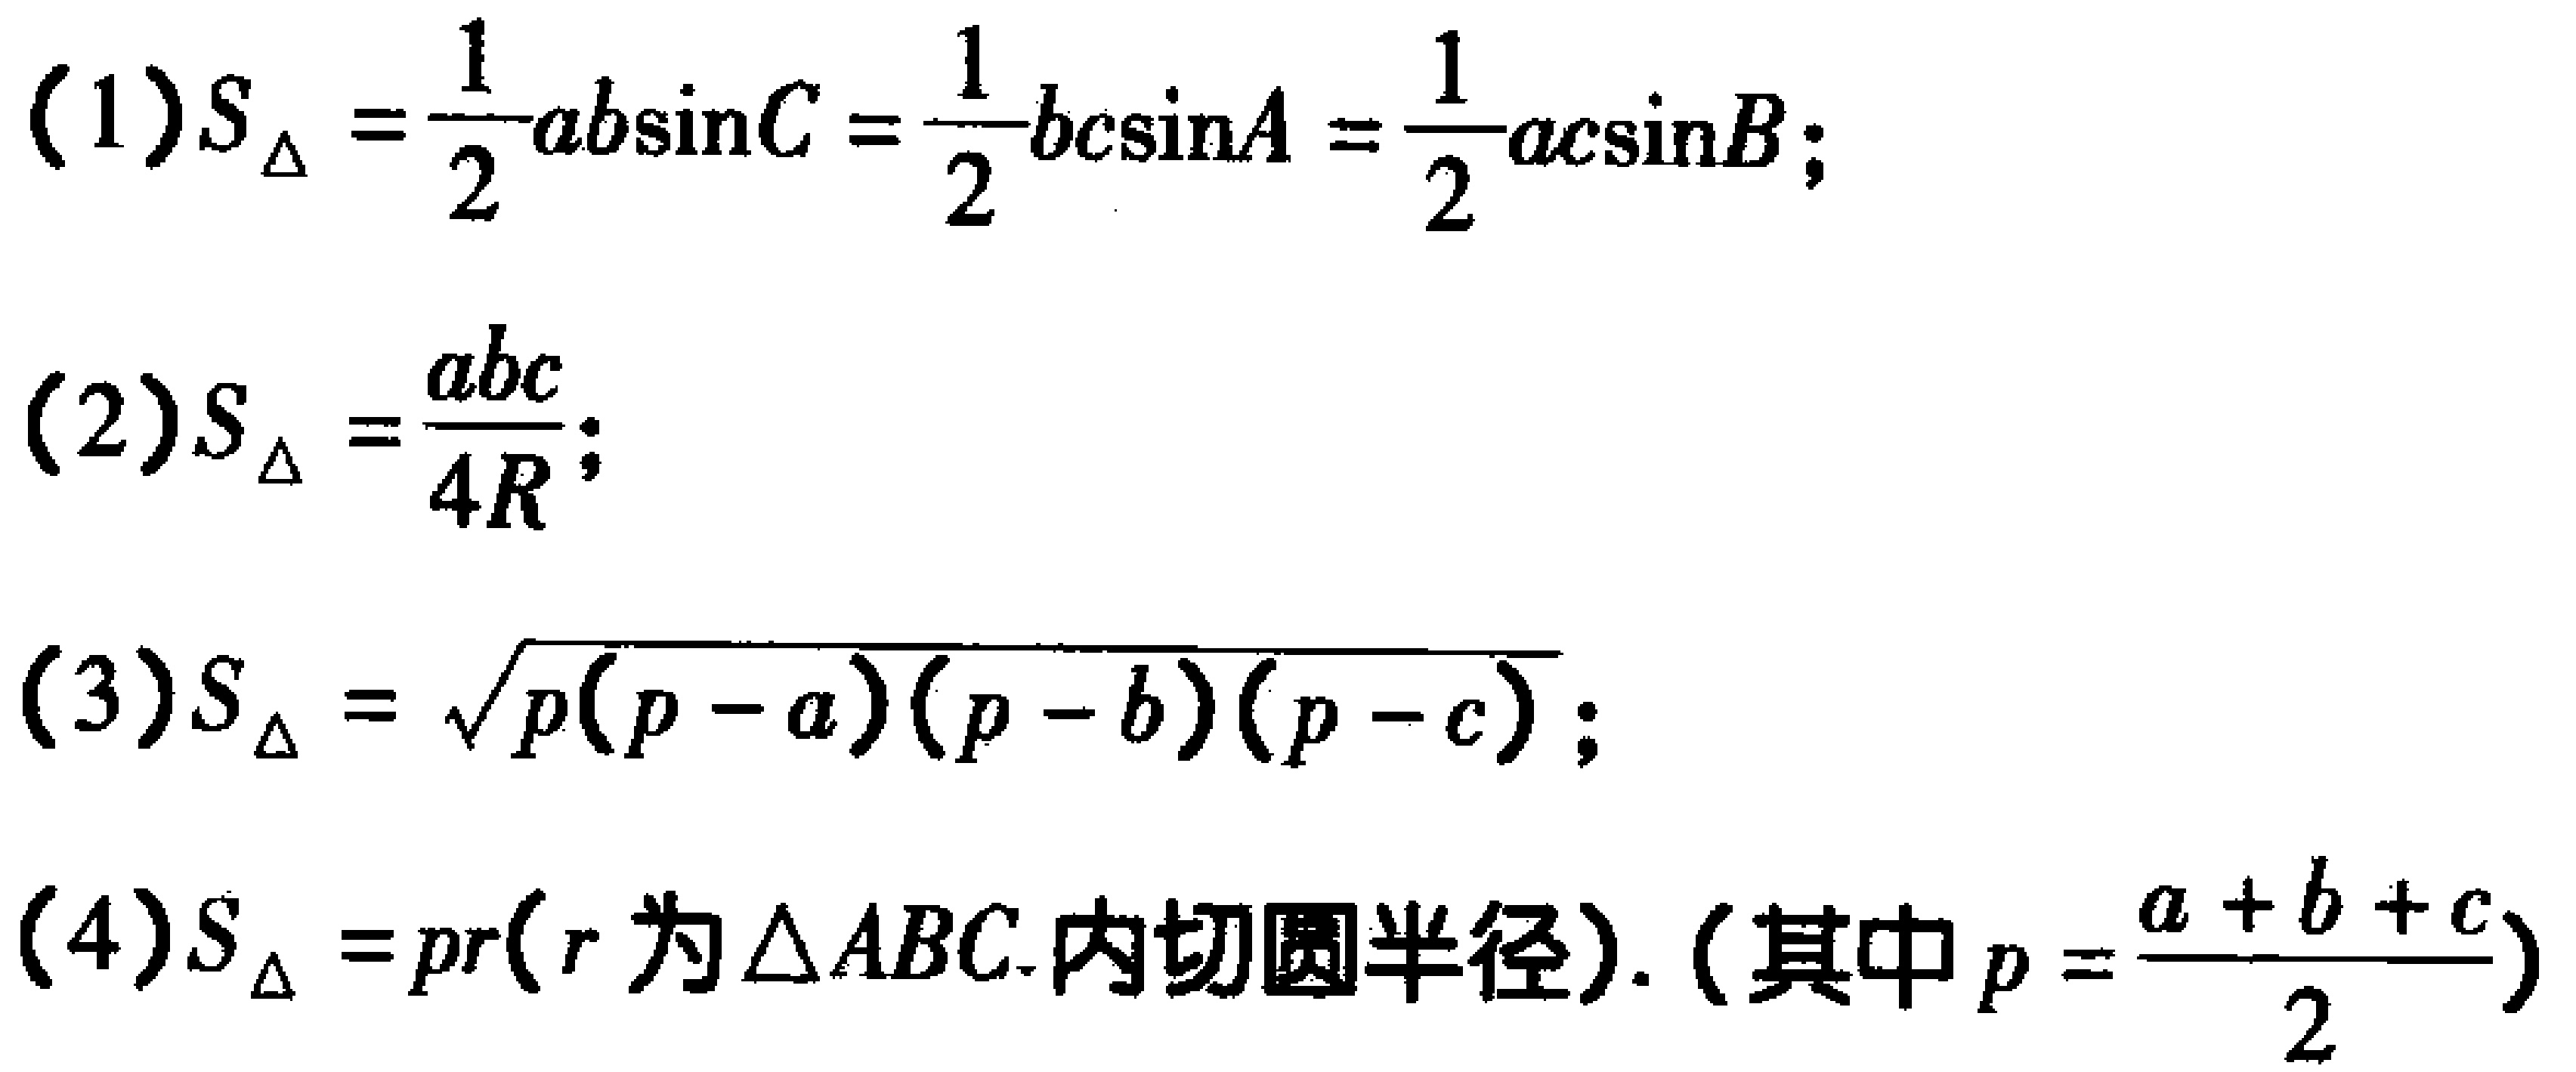
(1)$S_{\triangle}=\frac{1}{2}ab\sin C=\frac{1}{2}bc\sin A=\frac{1}{2}ac\sin B$;
(2)$S_{\triangle}=\frac{abc}{4R}$;
(3)$S_{\triangle}=\sqrt{p(p - a)(p - b)(p - c)}$;
(4)$S_{\triangle}=pr$ ($r$为$\triangle ABC$.内切圆半径). (其中$p=\frac{a + b + c}{2}$)